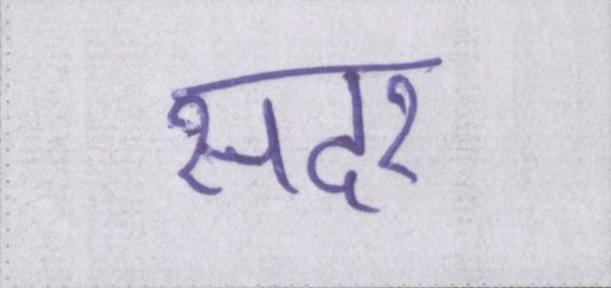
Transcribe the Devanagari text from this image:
सदर